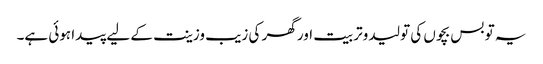
یہ تو بس بچوں کی تولید وتربیت اور گھر کی زیب وزینت کے لیے پیدا ہوئی ہے۔